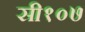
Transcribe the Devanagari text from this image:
सी१०७